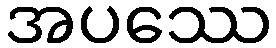
အပဿေ